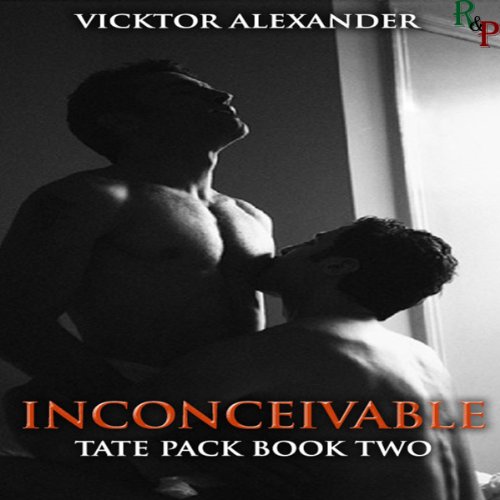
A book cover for Inconceivable: Tate Pack Series, Book 2; Vicktor Alexander; Romance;